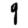
Digit: 9